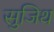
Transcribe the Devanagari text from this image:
सुजिथ